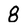
Character: 8